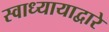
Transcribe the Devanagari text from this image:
स्वाध्यायाद्वारे